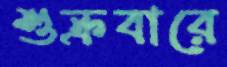
শুক্রবারে